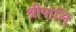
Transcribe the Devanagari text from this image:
श्रीपालि